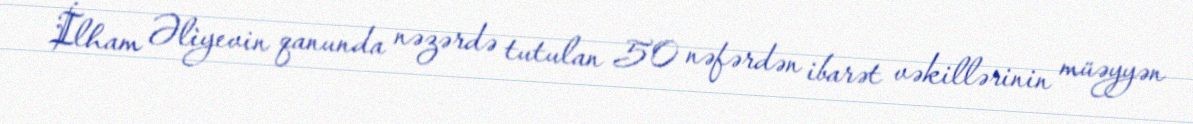
İlham Əliyevin qanunda nəzərdə tutulan 50 nəfərdən ibarət vəkillərinin müəyyən